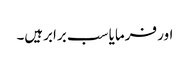
اور فرمایا سب برابرہیں۔